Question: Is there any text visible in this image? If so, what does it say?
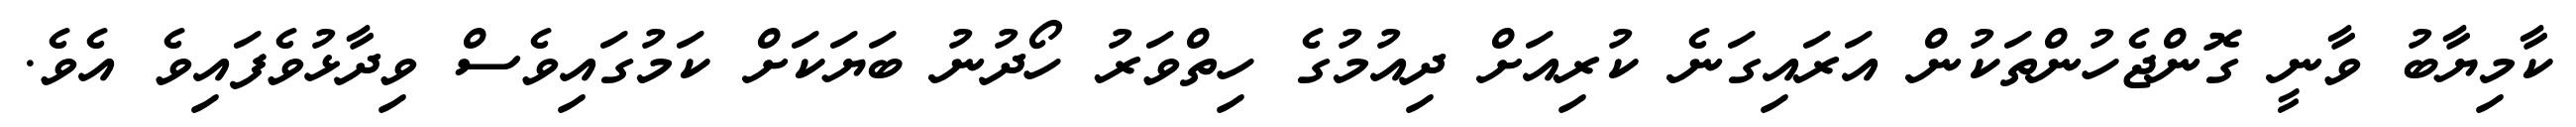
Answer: ކާމިޔާބު ވާނީ ގޮންޖެހުންތަކުން އަރައިގަނެ ކުރިއަށް ދިއުމުގެ ހިތްވަރު ހޯދުނު ބަޔަކަށް ކަމުގައިވެސް ވިދާޅުވެފައިވެ އެވެ.